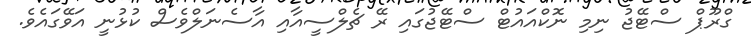
ގްރޫޕް ސްޓޭޖު ނިމި ނޮކްއައުޓް ސްޓޭޖުގައި ރޭ ޗެލްސީއާއި އާސެނަލްވެސް ކުޅުނީ އަވޭގައެވެ.